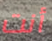
أنت